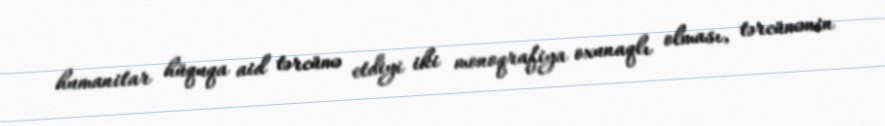
humanitar hüquqa aid tərcümə etdiyi iki monoqrafiya oxunaqlı olması, tərcümənin